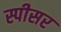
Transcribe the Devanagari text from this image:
स्पीसर